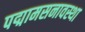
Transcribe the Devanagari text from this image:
पद्मामसनावस्था